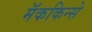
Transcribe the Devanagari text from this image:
मॅककिन्से